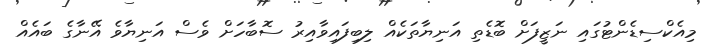
މިއެކްސިޑެންޓުގައި ނަޒީފަށް ބޮޑެތި އަނިޔާތަކެއް ލިބިފައިވާއިރު ސޮބާހަށް ވެސް އަނިޔާވެ އޭނާގެ ބައެއް